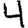
Digit: 4